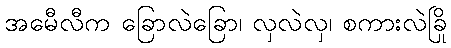
အမေီလီက ခြောလဲခြော၊ လှလဲလှ၊ စကားလဲခြို